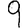
Digit: 9